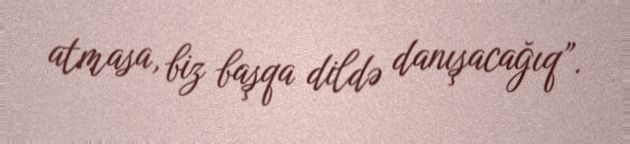
atmasa, biz başqa dildə danışacağıq”.